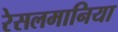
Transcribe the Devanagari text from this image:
रेसलमानिया